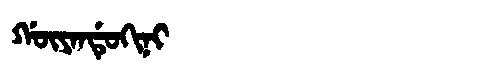
Manchu: ᡤᡡᠶᠠᠨᡩᡠᡴᡳᠨᡳ
Romanization: GŪYANDUKINI